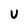
Character: v